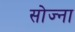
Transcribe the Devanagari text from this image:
सोज्ना